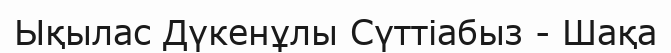
Ықылас Дүкенұлы Сүттіабыз - Шақа